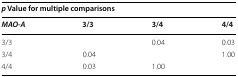
<table><thead><tr><td colspan="4"><b><i>p</i> Value for multiple comparisons</b></td></tr><tr><td><b><i>MAO</i>-<i>A</i></b></td><td><b>3/3</b></td><td><b>3/4</b></td><td><b>4/4</b></td></tr></thead><tbody><tr><td>3/3</td><td></td><td>0.04</td><td>0.03</td></tr><tr><td>3/4</td><td>0.04</td><td></td><td>1.00</td></tr><tr><td>4/4</td><td>0.03</td><td>1.00</td><td></td></tr></tbody></table>